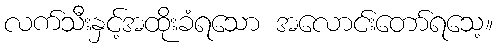
လက်သီးနှင့်အထိုးခံရသော အလောင်းတော်ရသေ့။